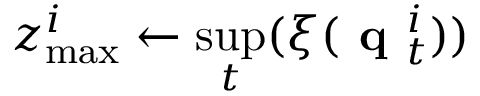
z _ { \mathrm { m a x } } ^ { i } \leftarrow \underset { t } { \operatorname* { s u p } } ( \xi ( \textbf { q } _ { t } ^ { i } ) )